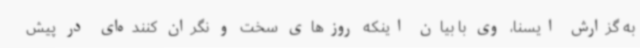
به گزارش ایسنا، وی با بیان اینکه روزهای سخت و نگران کننده‌ای در پیش